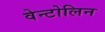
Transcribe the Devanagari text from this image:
वेन्टोलिन